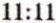
11:11